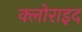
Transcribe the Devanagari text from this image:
क्लोराइद